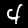
Label: 4